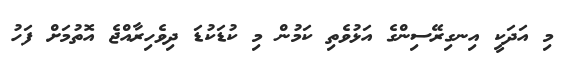
މި އަދަކީ އިނގިރޭސިންގެ އަޅުވެތި ކަމުން މި ކުޑަކުޑަ ދިވެހިރާއްޖެ އޮތުމަށް ފަހު